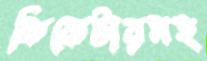
ক্রিকেটারসহ